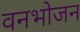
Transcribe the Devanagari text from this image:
वनभोजन